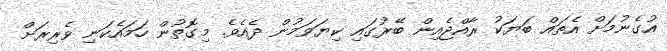
އުގެނުމަށް އެތައް ބަޔަކު ރާއްޖެއިން ބޭރުގައި ކިޔަވަމުން ދެއެވެ. މިގޮތުން ހަމައެކަނި ވެރިރަށް